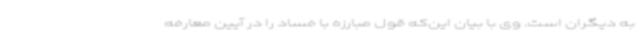
به دیگران است. وی با بیان این‌که قول مبارزه با فساد را در آیین معارفه